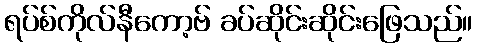
ရပ်စ်ကိုလ်နီကော့ဗ် ခပ်ဆိုင်းဆိုင်းဖြေသည်။